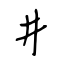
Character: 井